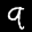
Label: 9